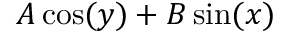
A \cos ( y ) + B \sin ( x )